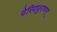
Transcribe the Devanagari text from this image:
पेरियपुराणम्